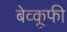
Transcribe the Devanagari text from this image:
बेव्कूफी